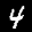
Label: 4